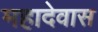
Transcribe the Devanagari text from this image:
महादेवास